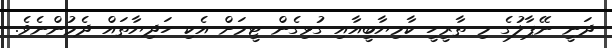
ދަނީ ނޭޕާލުގެ މި ތާރީހީ ކާމިޔާބީއާއި ގުޅިގެން ޓީމަށް އެކި ހަދިޔާތައް ދެމުންނެވެ.